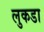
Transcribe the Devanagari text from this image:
लुकडा